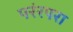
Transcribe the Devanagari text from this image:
परंरपरा